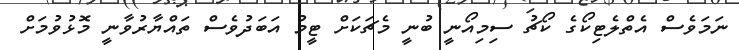
ނަމަވެސް އެތްލެޓިކޯގެ ކޯޗު ސިމިއޯނީ ބުނީ މެޗަކަށް ޓީމު އަބަދުވެސް ތައްޔާރުވާނީ މޮޅުވުމަށް